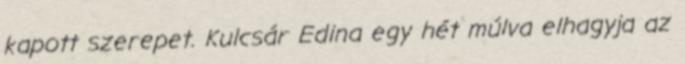
kapott szerepet. Kulcsár Edina egy hét múlva elhagyja az